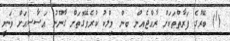
(1) ބޭރުގެ ފަރާތްތަކަށް ރާއްޖެއިން ބިން މިލްކު ކުރެވޭގޮތަށް ގާނޫނު އަސާސީއަށް ވަނީ